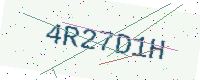
Text: 4R27D1H